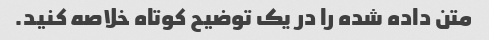
متن داده شده را در یک توضیح کوتاه خلاصه کنید.